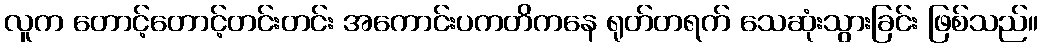
လူက တောင့်တောင့်တင်းတင်း အကောင်းပကတိကနေ ရုတ်တရက် သေဆုံးသွားခြင်း ဖြစ်သည်။